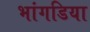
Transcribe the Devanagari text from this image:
भांगडिया